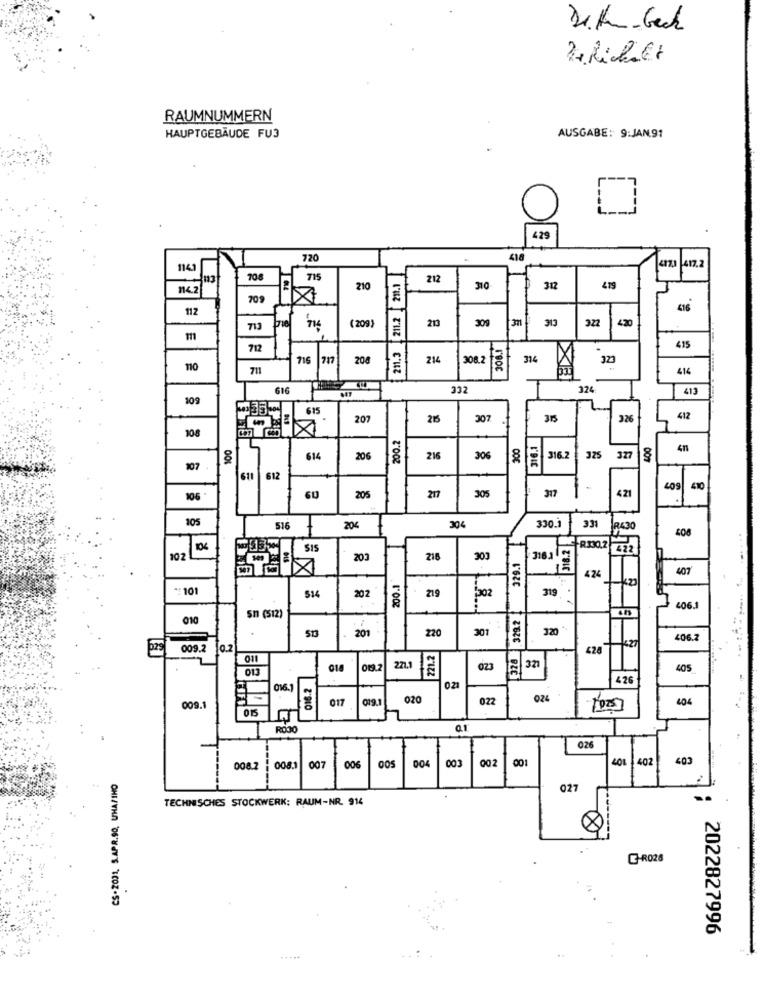
RAUMNUMMERN
AUSGABE: 9:JAN.91
HAUPTGEBÄUDE FU3
429
720
418
114.3
417.1 417.2
70.8
715
212
114.2
210
211.3 [211.2 2
310
312
419
709
112
516
(209)
213
430
713
309
313
322
308.1
712
415
716
208
214
308.2
314
323
711
414
616
332
324
413
109
615
207
215
307
315
326
412
200.2
108
100
300
316.1
41
614
206
216
306
316.2
325
327
107
611
612
317
409
410
105
60
205
217
305
421
90€
105
516
204
330.3
318.2
331
R430
104
+R330.2
102
203
216
300
329.1
407
424
** 101
514
219
319
202
406.1
010
sn (512)
329.
513
220
301
320
201
406.2
009.
221.2
428
011
013
018
221.1
023
327
405
016.2
426
016.
021
017
019.1
020
022
024
404
009.
015
0.1
----
026
003
002
001
LOL 402
403
008.2
008.
007
006
004
CS-2031, S.APR.SO, UMA/INO
027
TECHNISCHES STOCKWERK: RAUM-NR. 914
G-R028
2022827996